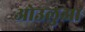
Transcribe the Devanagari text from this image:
ओउलुआ